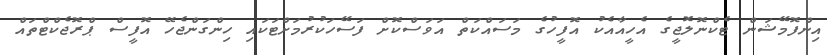
އިންފޮމޭޝަން ޓެކްނޮލޮޖީގެ އެހީއާއެކު އޮފީހުގެ މަސައްކަތް އަވަސްކޮށް ފަސޭހަކުރުމަށްޓަކައި ހިންގަންޖެހޭ އޮފީސް ޕްރޮޖެކްޓްތައް